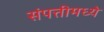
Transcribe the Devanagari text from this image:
संपत्तीमध्ये